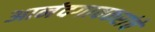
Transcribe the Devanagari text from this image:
आनंदगावकरांचे